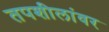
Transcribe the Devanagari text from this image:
तपशीलांवर